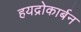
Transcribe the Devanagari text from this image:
हयद्रोकार्बन